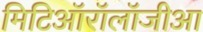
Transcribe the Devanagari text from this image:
मिटिऑरॉलॉजीआ